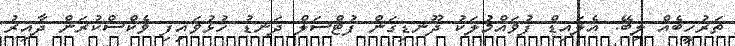
ތަރުހީބެއް ލިބޭ: އެލައިޑް ފުވައްމުލަކު ދޫނޑިގަން ފުޓްސަލް ދަނޑު ހުޅުވައިފި ވެކްސްކުރަން ދާއިރު